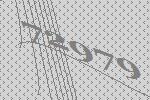
72979